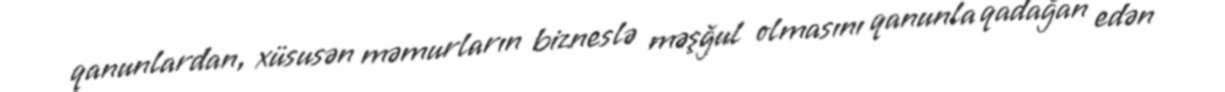
qanunlardan, xüsusən məmurların bizneslə məşğul olmasını qanunla qadağan edən